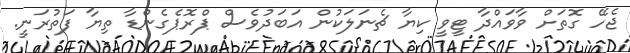
ޖެހޭ ގޮތަށް ވާވައްދާ ޓީވީ ކިޔާ ޗެނަލަކުން އަބަދުވެސް ޕްރޮޕެގެންޑާ ތިޔާ ފަތުރަނީ.